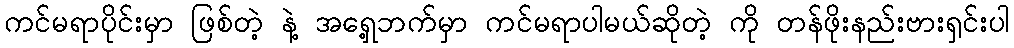
ကင်မရာပိုင်းမှာ ဖြစ်တဲ့ နဲ့ အရှေ့ဘက်မှာ ကင်မရာပါမယ်ဆိုတဲ့ ကို တန်ဖိုးနည်းဗားရှင်းပါ